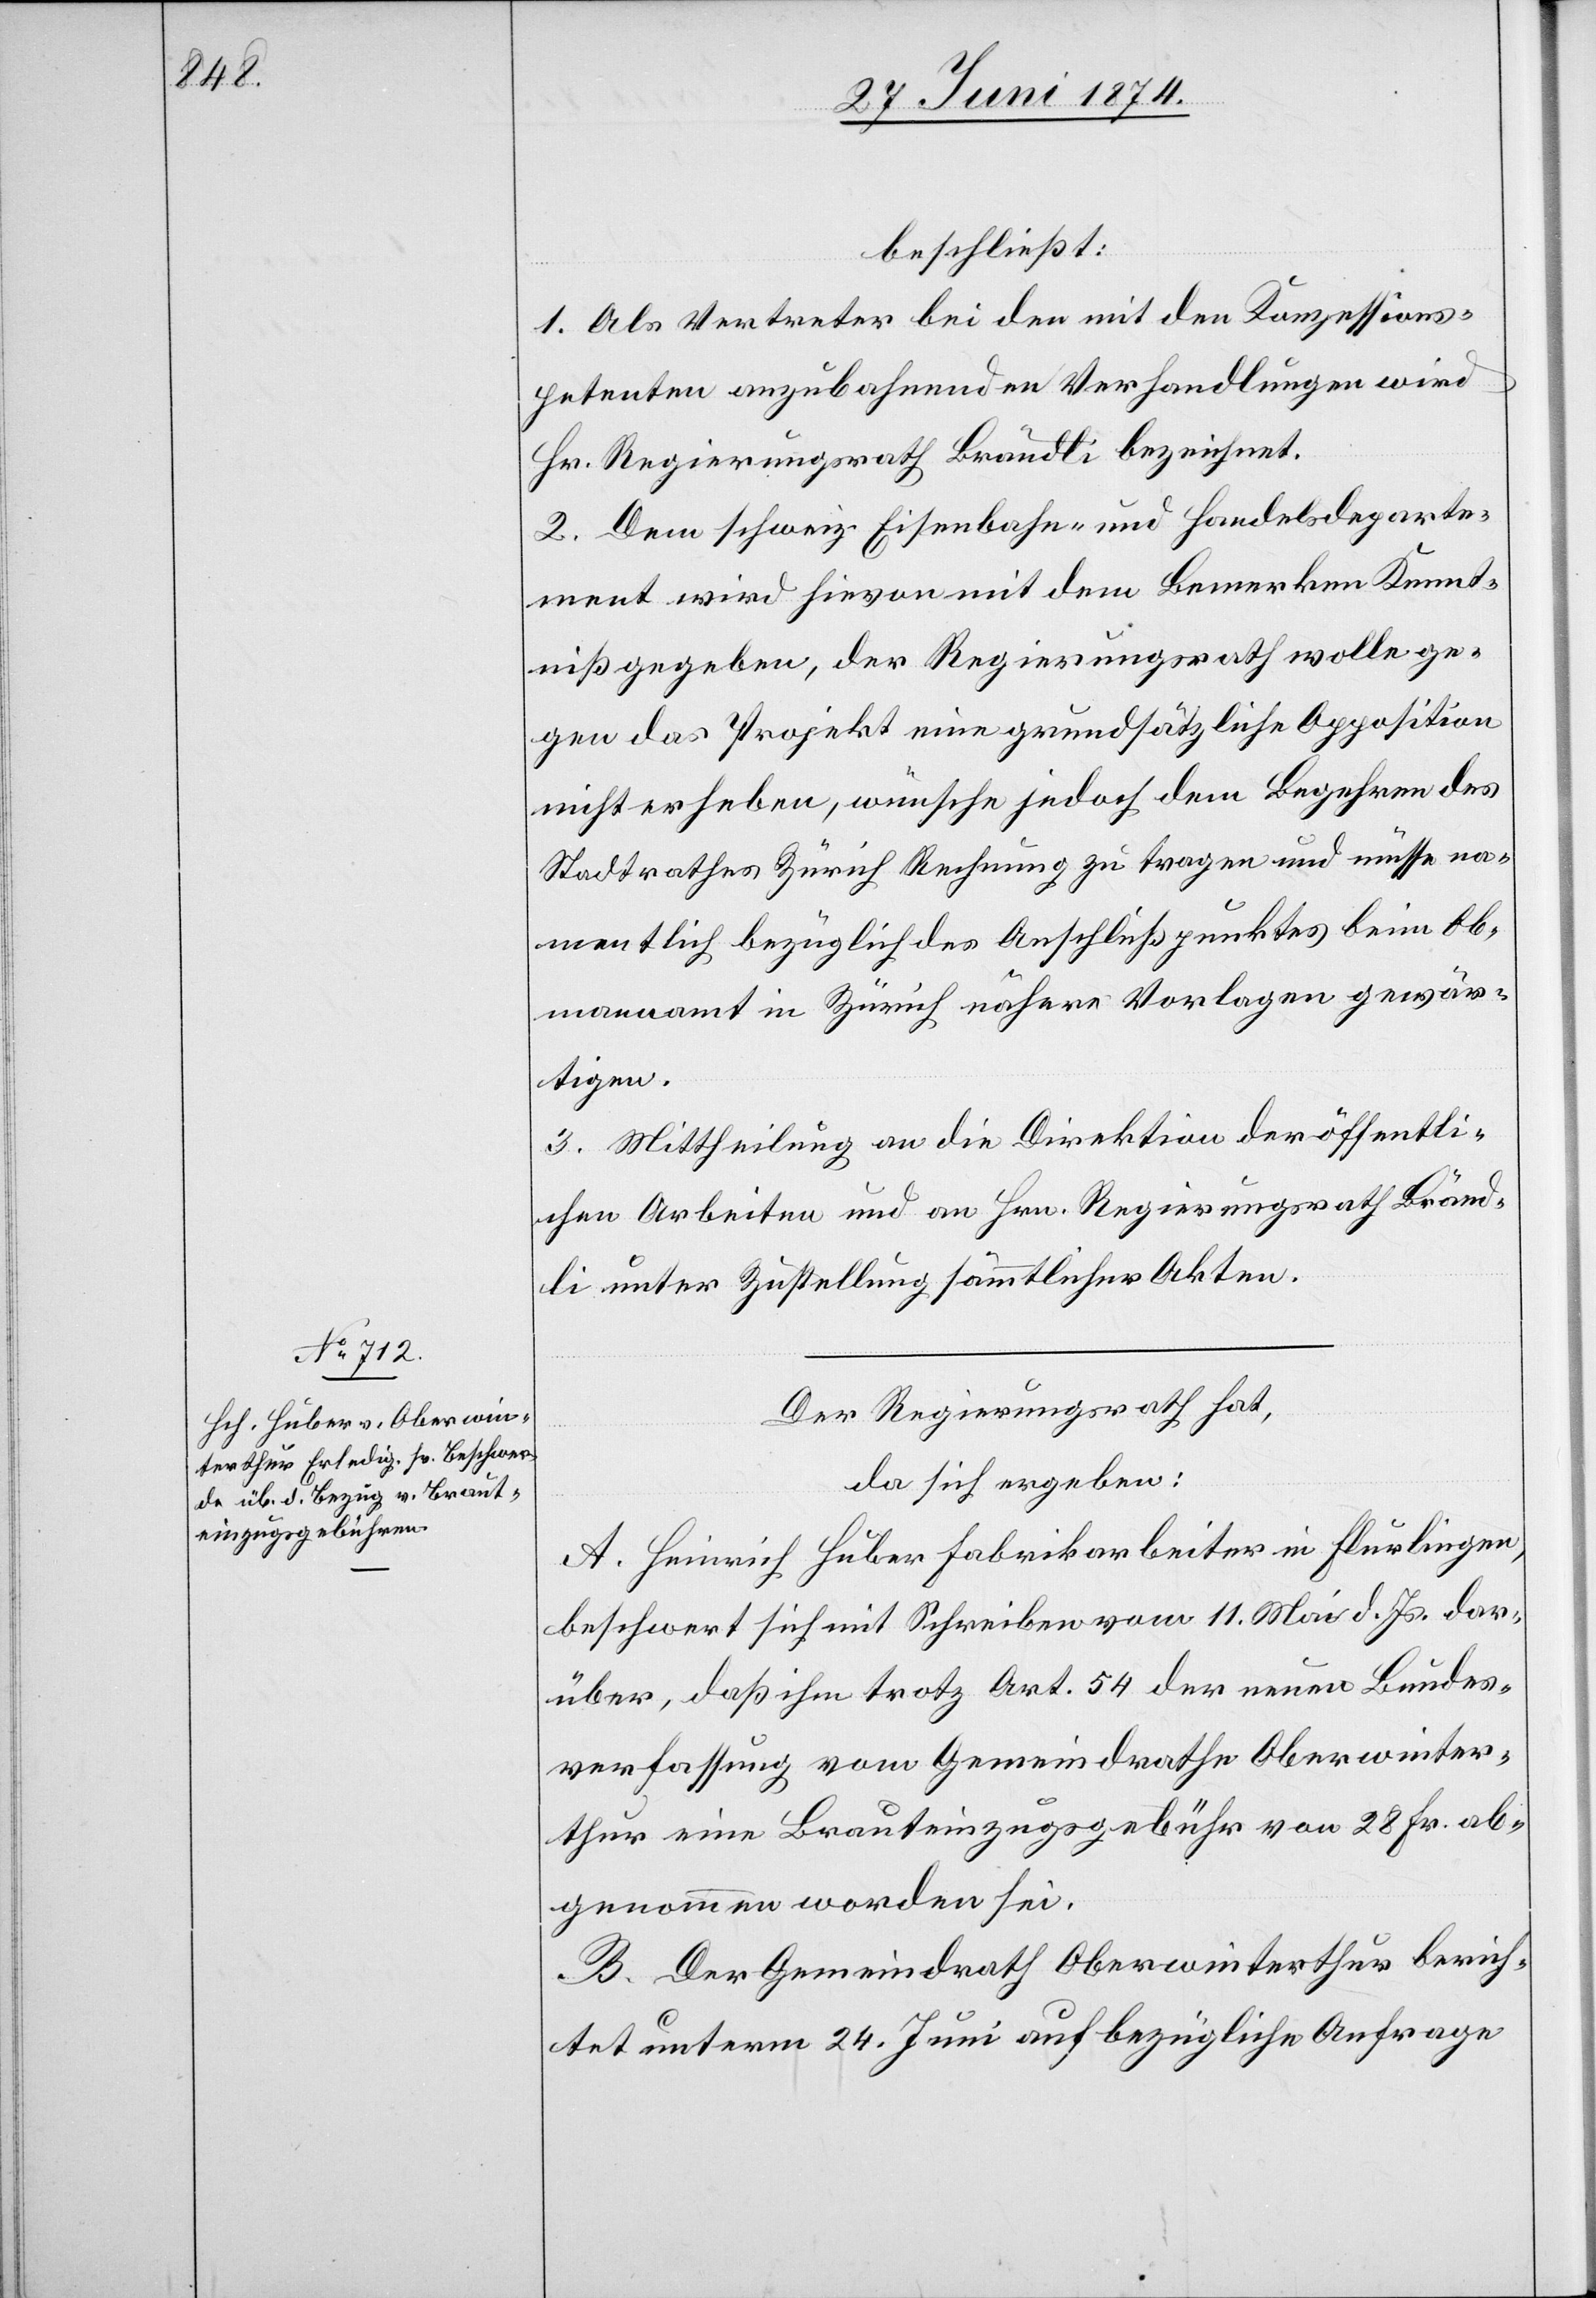
beschließt:
1. Als Vertreter bei den mit den Konzessions¬
petenten anzubahnenden Verhandlungen wird
Hr. Regierungsrath Brändli bezeichnet.
2. Dem schweiz. Eisenbahn- und Handelsdeparte¬
ment wird hievon mit dem Bemerken Kennt¬
niß gegeben, der Regierungsrath wolle ge¬
gen das Projekt eine grundsätzliche Opposition
nicht erheben, wünsche jedoch dem Begehren des
Stadtrathes Zürich Rechnung zu tragen und müsse na¬
mentlich bezüglich des Anschlußpunktes beim Ob¬
mannamt in Zürich nähere Vorlagen gewär¬
tigen.
3. Mittheilung an die Direktion der öffentli¬
chen Arbeiten und an Hrn. Regierungsrath Bränd¬
li unter Zustellung sämmtlicher Akten.
Der Regierungsrath hat,
da sich ergeben:
A. Heinrich Huber Fabrikarbeiter in Flurlingen,
beschwert sich mit Schreiben vom 11. Mai d. Js. dar¬
über, daß ihm trotz Art. 54 der neuen Bundes¬
verfassung vom Gemeindrathe Oberwinter¬
thur eine Brauteinzugsgebühr von 28. Fr. ab¬
genommen worden sei.
B. Der Gemeindrath Oberwinterthur berich¬
tet unterm 24. Juni auf bezügliche Anfrage